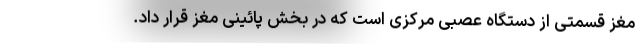
مغز قسمتی از دستگاه عصبی مرکزی است که در بخش پائینی مغز قرار داد.